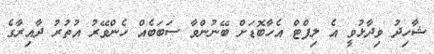
ޝާހިދު ވިދާޅުވީ އެ ލިފްޓް އެހާބޮޑަށް ބޭނުންވާ ސަބަބެއް ހެންވޭރު އުތުރު ދާއިރާގެ